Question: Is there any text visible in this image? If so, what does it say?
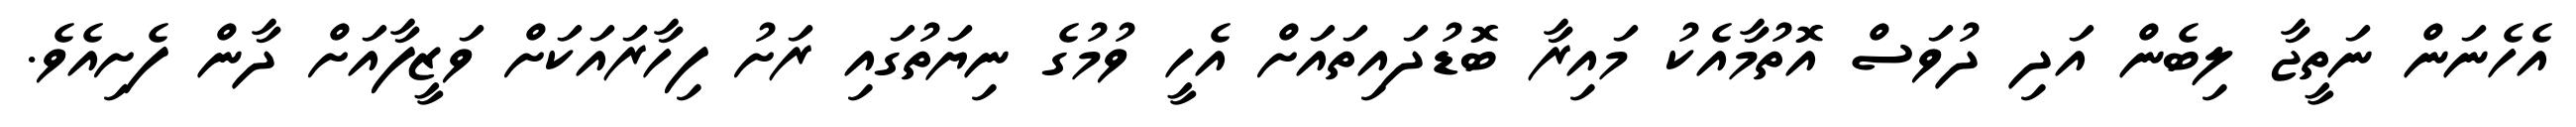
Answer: އެހެނަން ނަތީޖާ ލިބެން އަދި ދުވަސް އޮތުމާއެކު މައިރާ ބޮޑުދައިތައަށް އެހީ ވުމުގެ ނިޔަތުގައި ރަށު ފިހާރައަކަށް ވަޒީފާއަށް ދާން ފެށިއެވެ.